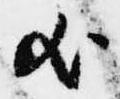
歟